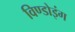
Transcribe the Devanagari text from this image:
विण्डोइंग